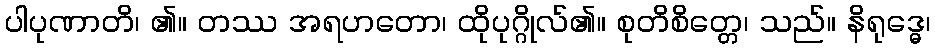
ပါပုဏာတိ၊ ၏။ တဿ အရဟတော၊ ထိုပုဂ္ဂိုလ်၏။ စုတိစိတ္တေ၊ သည်။ နိရုဒ္ဓေ၊